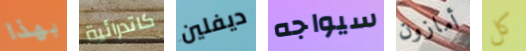
بهذا كاتدرائية ديفلين سيواجه أمازون كل